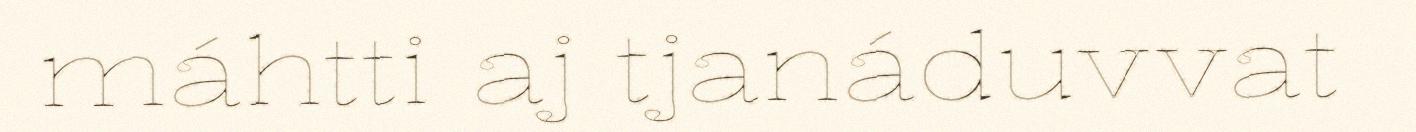
máhtti aj tjanáduvvat